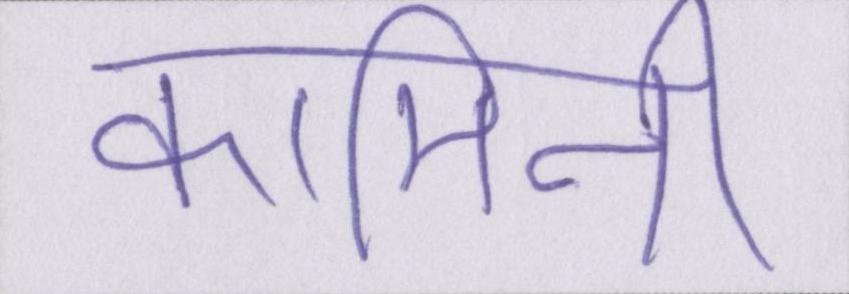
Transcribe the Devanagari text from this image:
कामिनी